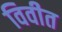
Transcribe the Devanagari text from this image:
विवीत